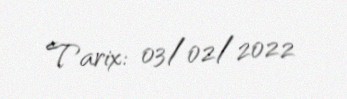
Tarix: 03/02/2022